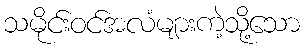
သမိုင်းဝင်အလံများကဲ့သို့သော